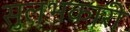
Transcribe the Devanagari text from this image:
सुलभकारी